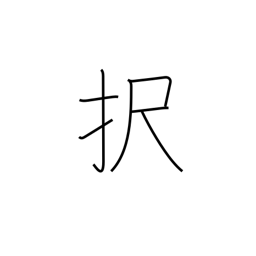
Meaning: elect